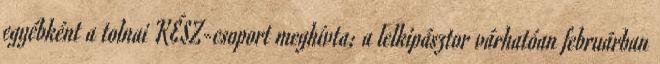
egyébként a tolnai KÉSZ-csoport meghívta; a lelkipásztor várhatóan februárban